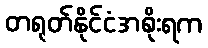
တရုတ်နိုင်ငံအစိုးရက